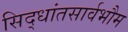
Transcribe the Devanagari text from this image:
सिद्धांतसार्वभौम